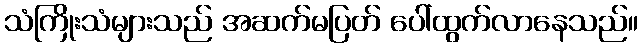
သံကြိုးသံများသည် အဆက်မပြတ် ပေါ်ထွက်လာနေသည်။